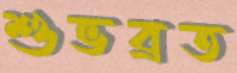
শুভব্রত